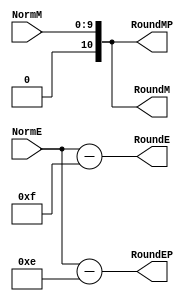
`define EXPONENT 5
`define MANTISSA 10
`define ACTUAL_MANTISSA 11
`define EXPONENT_LSB 10
`define EXPONENT_MSB 14
`define MANTISSA_LSB 0
`define MANTISSA_MSB 9
`define MANTISSA_MUL_SPLIT_LSB 3
`define MANTISSA_MUL_SPLIT_MSB 9
`define SIGN 1
`define SIGN_LOC 15
`define DWIDTH (`SIGN+`EXPONENT+`MANTISSA)
`define IEEE_COMPLIANCE 1

module FPMult_NormalizeModule(
		NormM,
		NormE,
		RoundE,
		RoundEP,
		RoundM,
		RoundMP
    );

	// Input Ports
	input [`MANTISSA-1:0] NormM ;									// Normalized mantissa
	input [`EXPONENT:0] NormE ;									// Normalized exponent

	// Output Ports
	output [`EXPONENT:0] RoundE ;
	output [`EXPONENT:0] RoundEP ;
	output [`MANTISSA:0] RoundM ;
	output [`MANTISSA:0] RoundMP ; 
	
	assign RoundE = NormE - 15 ;
	assign RoundEP = NormE - 14 ;
	assign RoundM = NormM ;
	assign RoundMP = NormM ;

endmodule